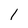
Character: l